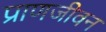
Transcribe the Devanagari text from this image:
प्राणजीवन